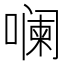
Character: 𪢌